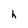
Character: h